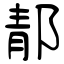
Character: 郬